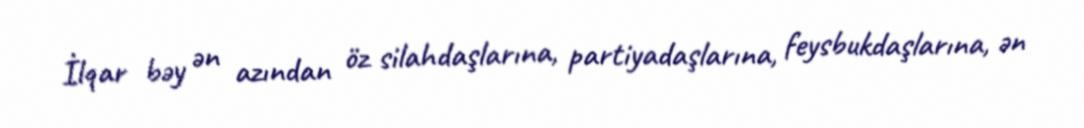
İlqar bəy ən azından öz silahdaşlarına, partiyadaşlarına, feysbukdaşlarına, ən